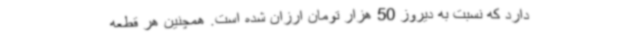
دارد که نسبت به دیروز 50 هزار تومان ارزان شده است. همچنین هر قطعه